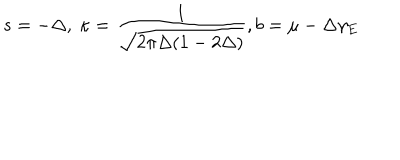
s = - \Delta , \ \kappa = \frac { 1 } { \sqrt { 2 \pi \Delta ( 1 - 2 \Delta ) } } , b = \mu - \Delta \gamma _ { E }